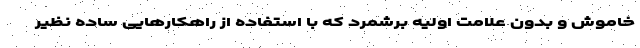
خاموش و بدون علامت اولیه برشمرد که با استفاده از راهکارهایی ساده نظیر